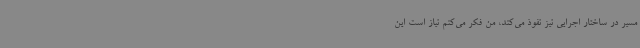
مسیر در ساختار اجرایی نیز نفوذ می‌کند، من فکر می‌کنم نیاز است این